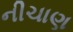
નીચાણ